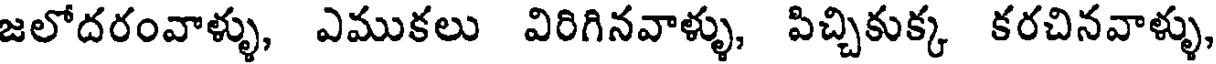
జలోదరంవాళ్ళు, ఎముకలు విరిగినవాళ్ళు, పిచ్చికుక్క కరచినవాళ్ళు,